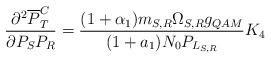
LaTeX: \begin{align*}\frac{\partial^{2}\overline{P}^{C}_{T}}{\partial^{}P_{S}P_{R}} = \frac{(1+\alpha_1 ) m_{S, R}\Omega_{S,R}g_{QAM}}{(1+a_1)N_{0}P_{L_{S,R}}}K_{4} \end{align*}